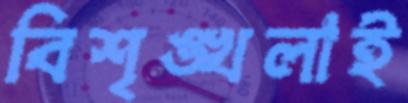
বিশৃঙ্খলাই